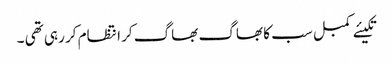
تکیئے کمبل سب کا بھاگ بھاگ کر انتظام کر رہی تھی ۔